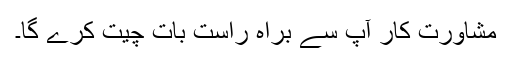
مشاورت کار آپ سے براہ راست بات چیت کرے گا۔